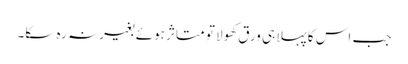
جب اس کا پہلا ہی ورق کھولا تو متاثر ہوئے بغیرنہ رہ سکا۔